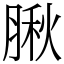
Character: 䐐